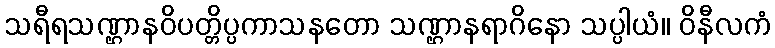
သရီရသဏ္ဌာနဝိပတ္တိပ္ပကာသနတော သဏ္ဌာနရာဂိနော သပ္ပါယံ။ ဝိနီလကံ